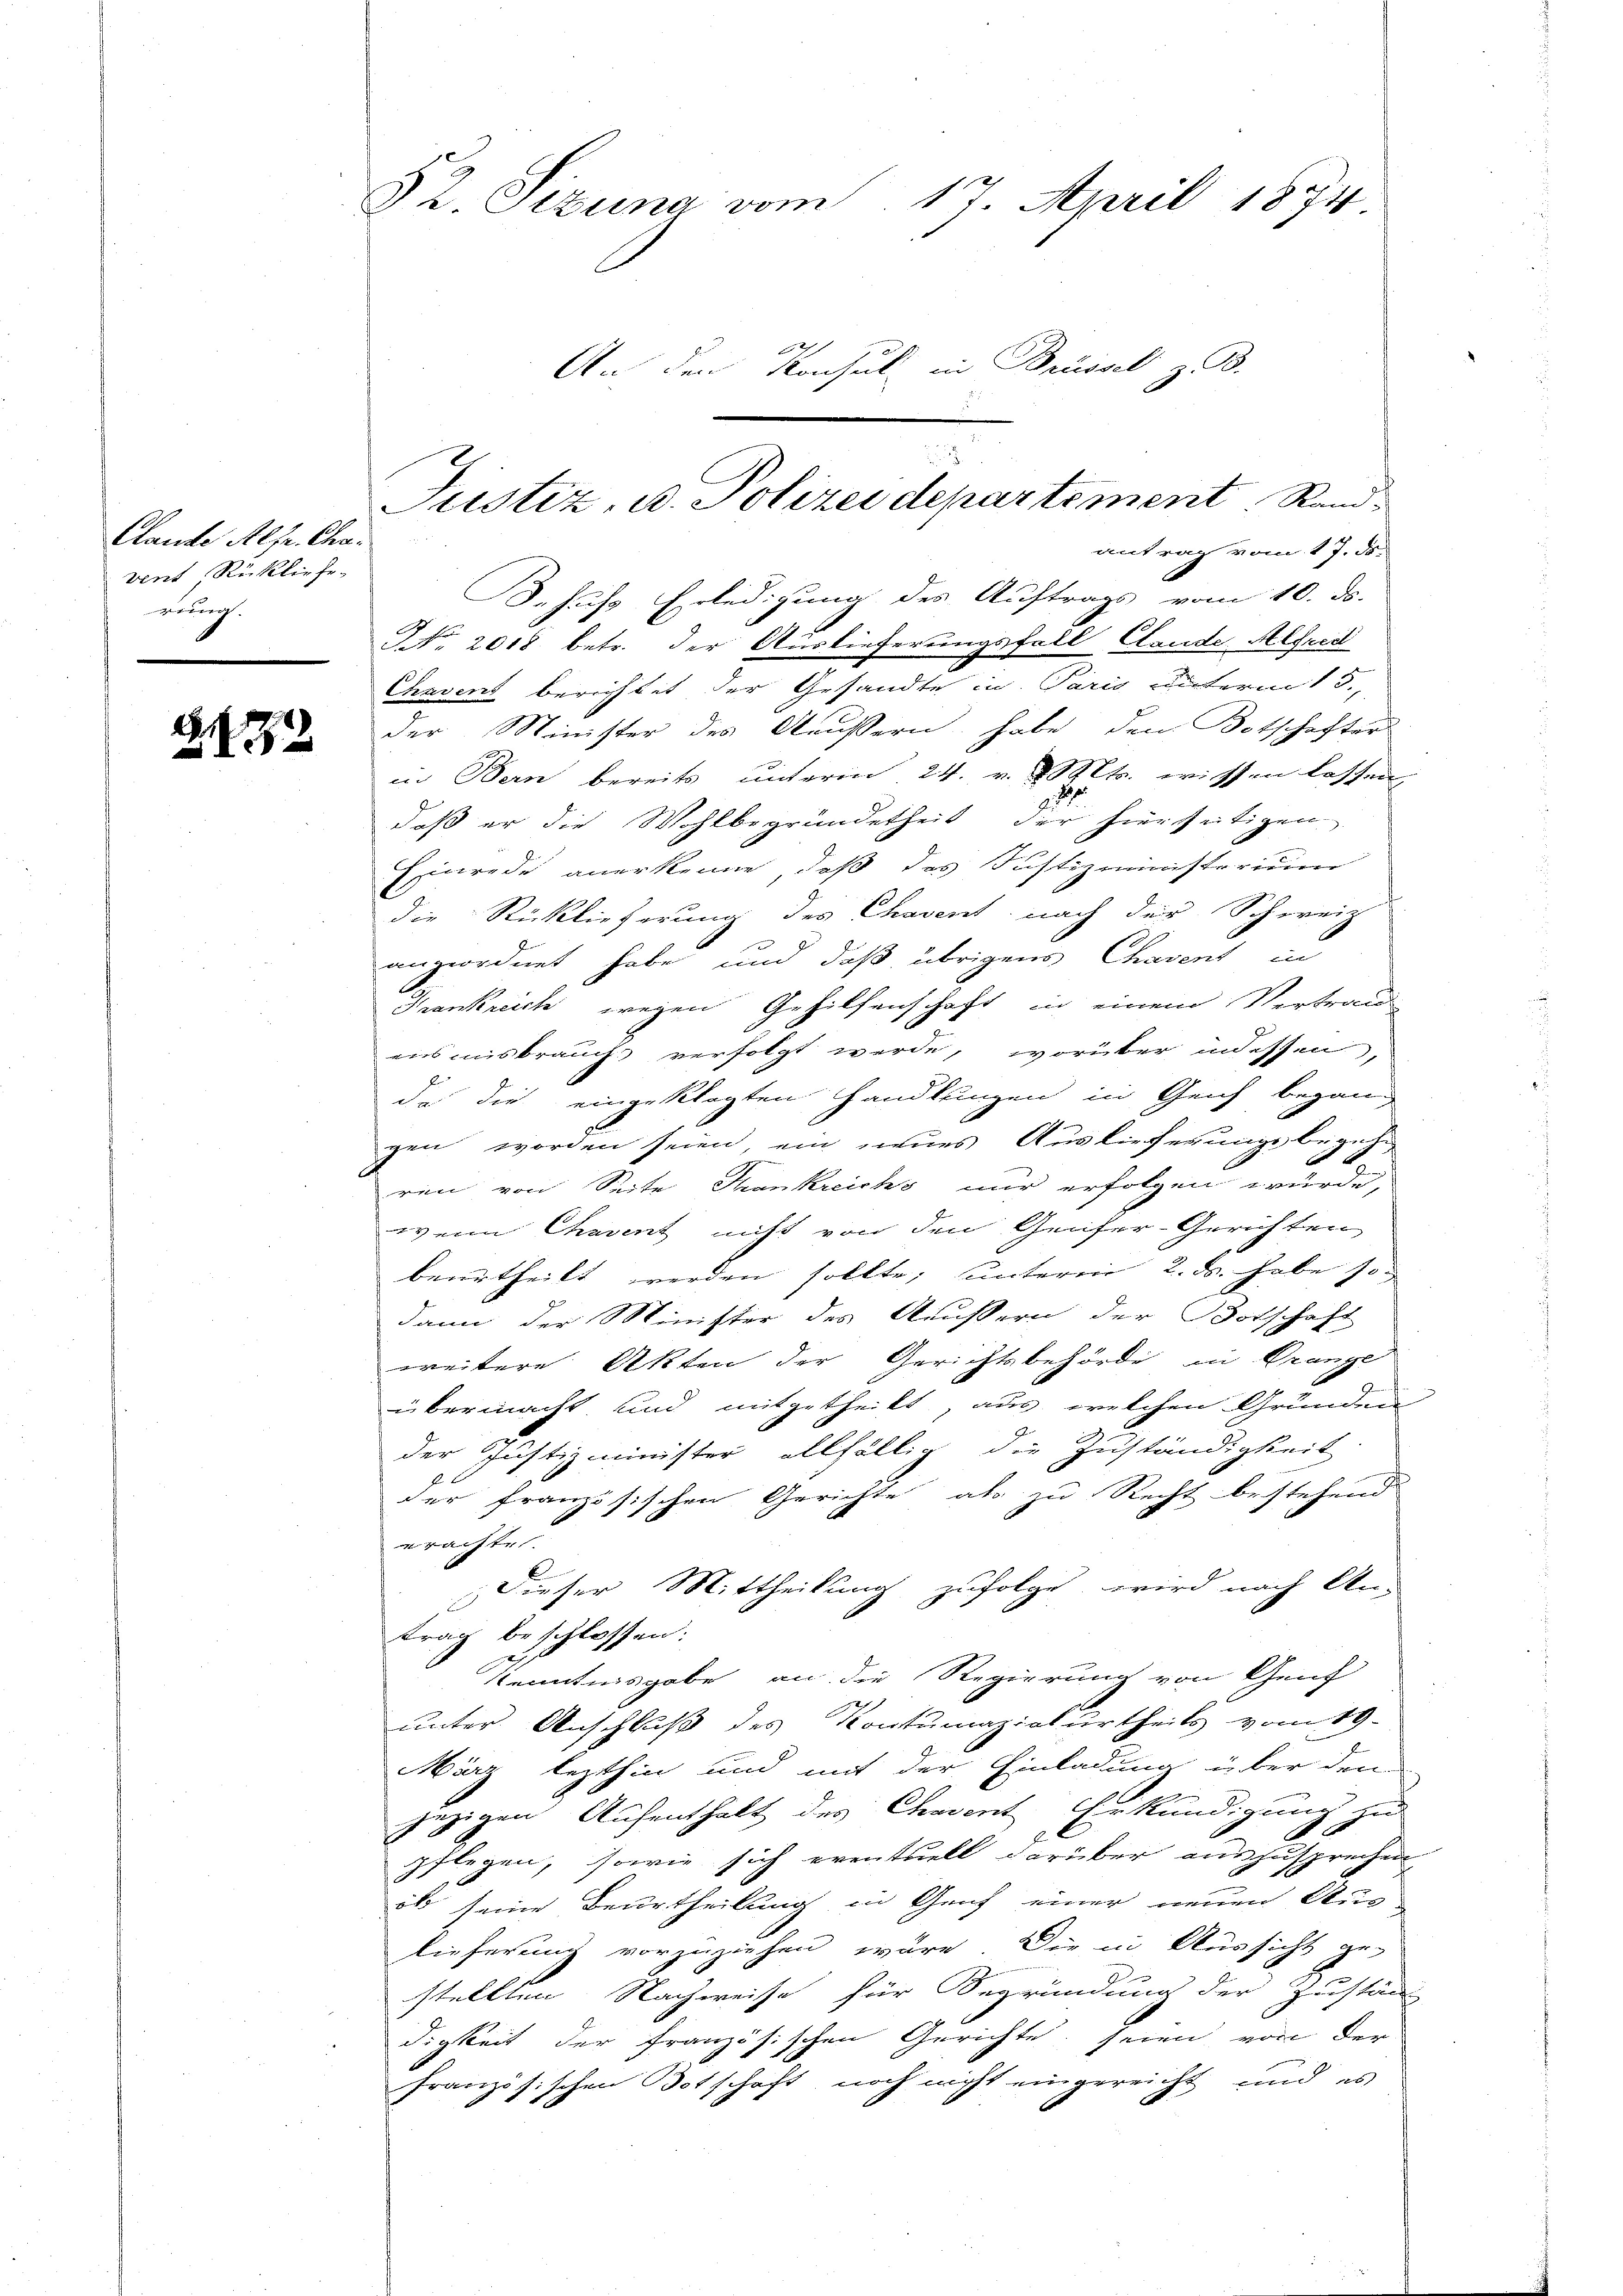
Clante Alfr. Chavent Rückliefeeiung.

2.172

§2. Sizung vom 17. April 1874.
An den Konsul in Brüssel z. B.

antrag vom 17. ds.
Behufs Erledigung des Auftrags vom 10. ds.
NNo. 2018 betr. der Auslieferungsfall Stande Alfred
Chavent berichtet der Gesandte in Paris unterm 15.,
der Minister des Aeussern habe, dem Botschafter
in Bern bereits unterm 24. v. Mts. wissen lassen,
.
daß er die Wohlbegründetheit der hierseitigen
Einrede anerkenne, daß das Justizministerium
die Rücklieferung des Chavent nach der Schweiz
angeordnet habe und daß übrigens Chavent in
Tankreich wegen Gehilfenschaft in einem Vertrau
ensmisbrauchs verfolgt werde, worüber indessen,
da die eingeklagten Handlungen in Geich begang
gen worden seien, ein neues Auslieferung begehr
ren von Seite Thankreichs nur erfolgen würde,
wenn Chavent nicht von den Genfer-Gerichten
beurtheilt werden sollte, unterm 2. d. habe so
dann der Minister des Äußern der Botschaft
weitere Akten der Gerichtsbehörde in Granze
übermacht, und mitgetheilt, aus welchen Gründen
der Justizminister allfällig die Zuständigkeit
der französischen Gerichte als zu Recht bestehend
erachtet.
Dieser Mittheilung zufolge, wird nach An-
trag beschlossen:
Kenntnisgabe an die Regierung von Genf
unter Anschluß des Kontumazialurtheils vom 19.
März lezthin und mit der Einladung über den
e
jezigen Aufenthalt des Chavent Erkundigung zu
pflegen, sowie sich eventuell darüber auszusprechen
ob seine Beurtheilung in Genf einer neuen Aus
lieferung vorzuziehen wäre. Die in Aussicht ge-
stellten Nachweise für Begründung der Zustän
digkeit der französischen Gerichte seien von der
französischen Totschaft noch nicht eingereicht und es

Justiz, A. Polizei departement Rand